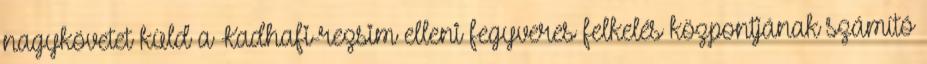
nagykövetet küld a Kadhafi-rezsim elleni fegyveres felkelés központjának számító